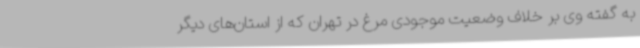
به گفته وی بر خلاف وضعیت موجودی مرغ در تهران که از استان‌های دیگر